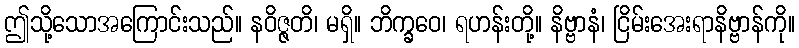
ဤသို့သောအကြောင်းသည်။ နဝိဇ္ဇတိ၊ မရှိ။ ဘိက္ခဝေ၊ ရဟန်းတို့။ နိဗ္ဗာနံ၊ ငြိမ်းအေးရာနိဗ္ဗာန်ကို။